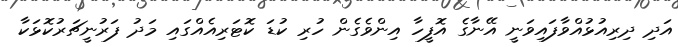
އަދި ދިރިއުޅުއްވާފައިވަނީ އޭނާގެ އޮފީހާ އިންވެގެން ހުރި ކުޑަ ކޮޓަރިއެއްގައި މަދު ފަރުނީޗަރުކޮޅަކާ